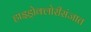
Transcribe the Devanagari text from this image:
हाइड्रोक्लोरीसंजात